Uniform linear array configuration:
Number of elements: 8
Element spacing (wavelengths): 0.25
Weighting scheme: blackman
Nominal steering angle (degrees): -45
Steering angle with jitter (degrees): -43.866
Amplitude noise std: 0.05
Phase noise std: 0.05

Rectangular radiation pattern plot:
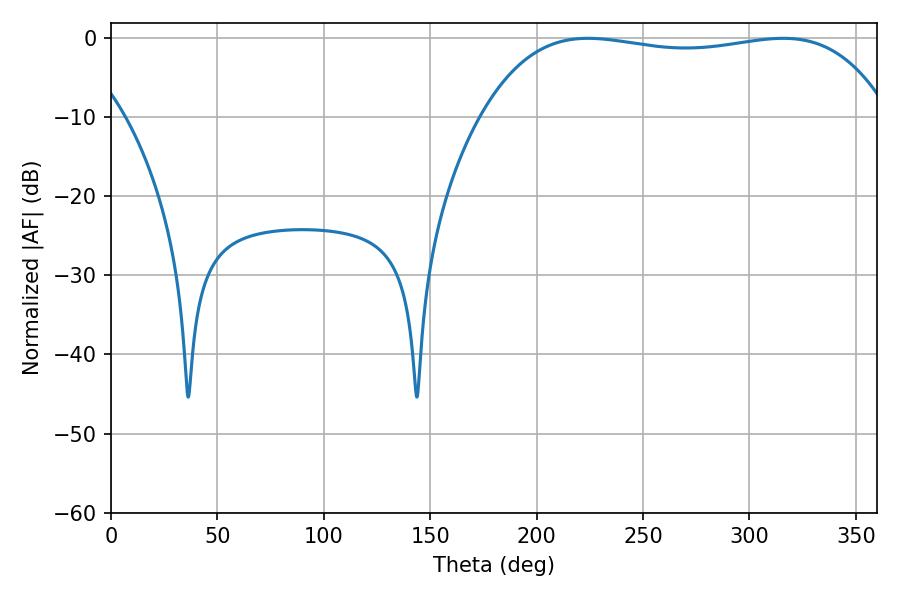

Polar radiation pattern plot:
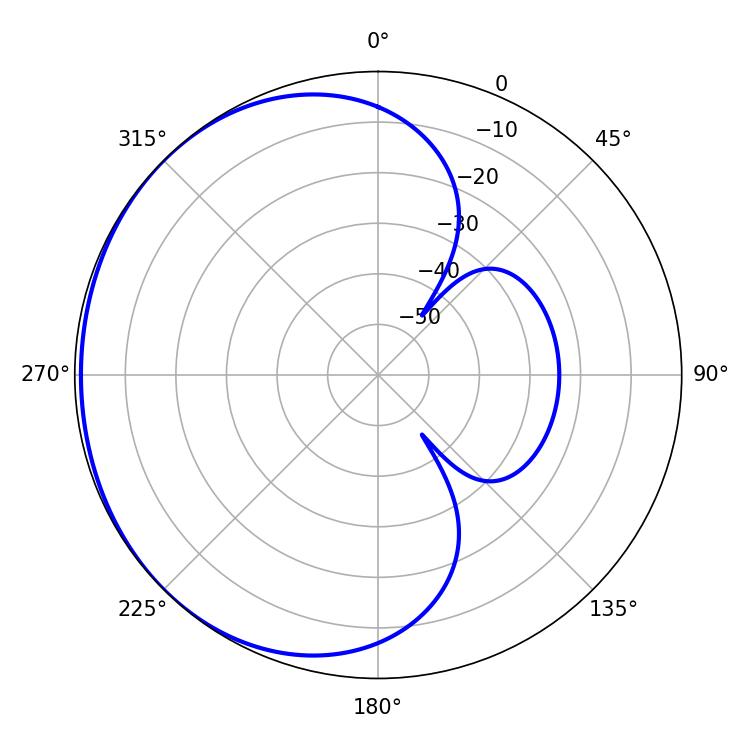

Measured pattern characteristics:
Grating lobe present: FALSE
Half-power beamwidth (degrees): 153.36
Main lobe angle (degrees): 224.1